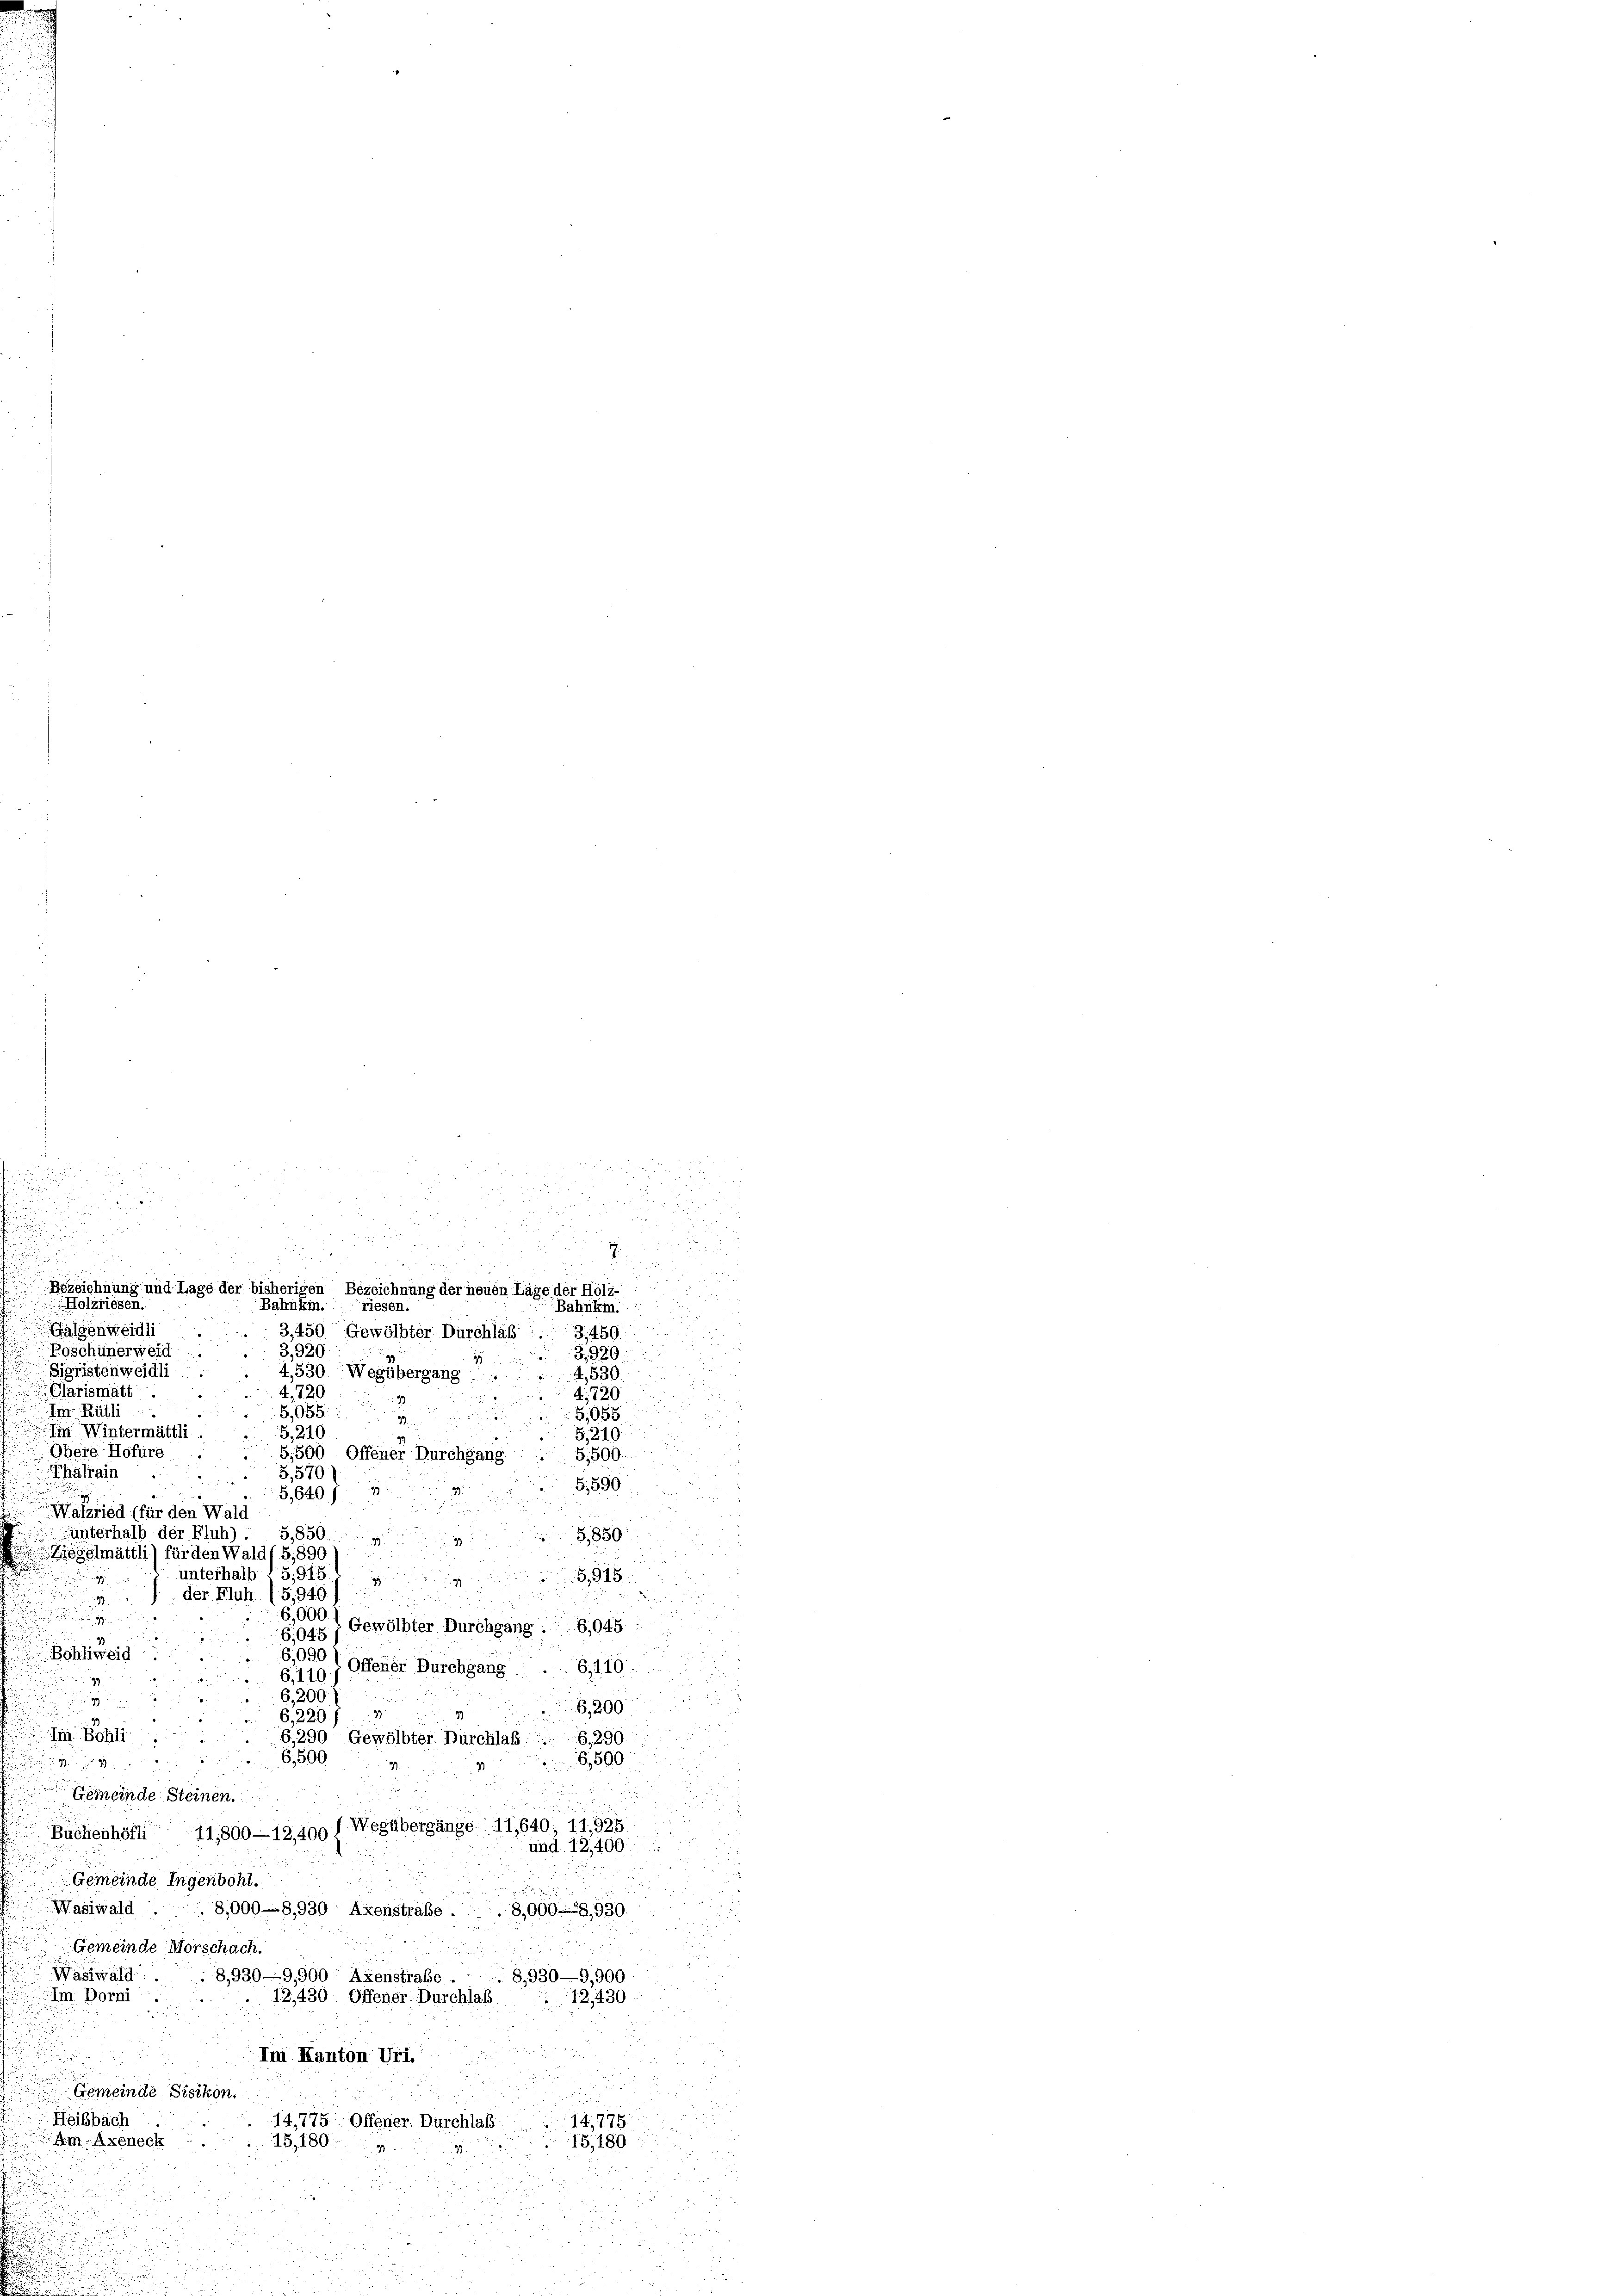
Holzriesen.

n
Bezeichnung und Lage der bisherigen Bezeichnung der neuen Lage der Holz-
Bahnem. riesen.
Bähnkin.
Galgenweidli
3,450 Gewölbter Durchlaß
3,450.
3,920.
Poschünerweid
3,920.
2
Sigristenweidli
4,530 Wegübergang
4,530
Clarismatt
4,720
729
Ein Rütli
5,88
Iin Wintermättli.
5,210
S. 819.
Obere-Hofüre
5,500 Offener Durchgang
Thälrain
5,570)
G,590
G,640 f 4
Wäsried (für den Wald
unterhalb der Fluh)
5,850.
Biegelmättli) für den Waldt S. 890) S. 850
unterhalb 15,918. 195,915.
der Fluh (S. 940.)
6,000
uungen
Gewölbter Durchgang.6,045:
6,045
Böhliweid
6,000 l Offener Burchgang ... 6, 110.
6,110.
6,200.
s
8
u
Hy.
6, 220 f 4
m. Bohli
6.290 Gewölbter Durchlaß . 6290
6,500
6,500

.
.
Gemeinde Steinen.
Buchenhöfli 11,800—12,400 f Wegübergänge 11,640; 11,925
und. 12,400.
Gemeinde Ingenbohl.
Wasiwald.
8,000-8,930 Axenstrafe . . 8,000.8,930.
Gemeinde Morschach.

.
Wasiwald:
8,930—9,900 Axenstraße:
8930—9,900
Im Dorni
12,430. Offener Durchlab 12,430.
Im Kanton Uri.
d
Gemeinde Bisikon.
Heibbach
14,776.
14,775. Offener. Durchlass
m Axeneck
15,180
15,1809

.
.

i

 958
5,500